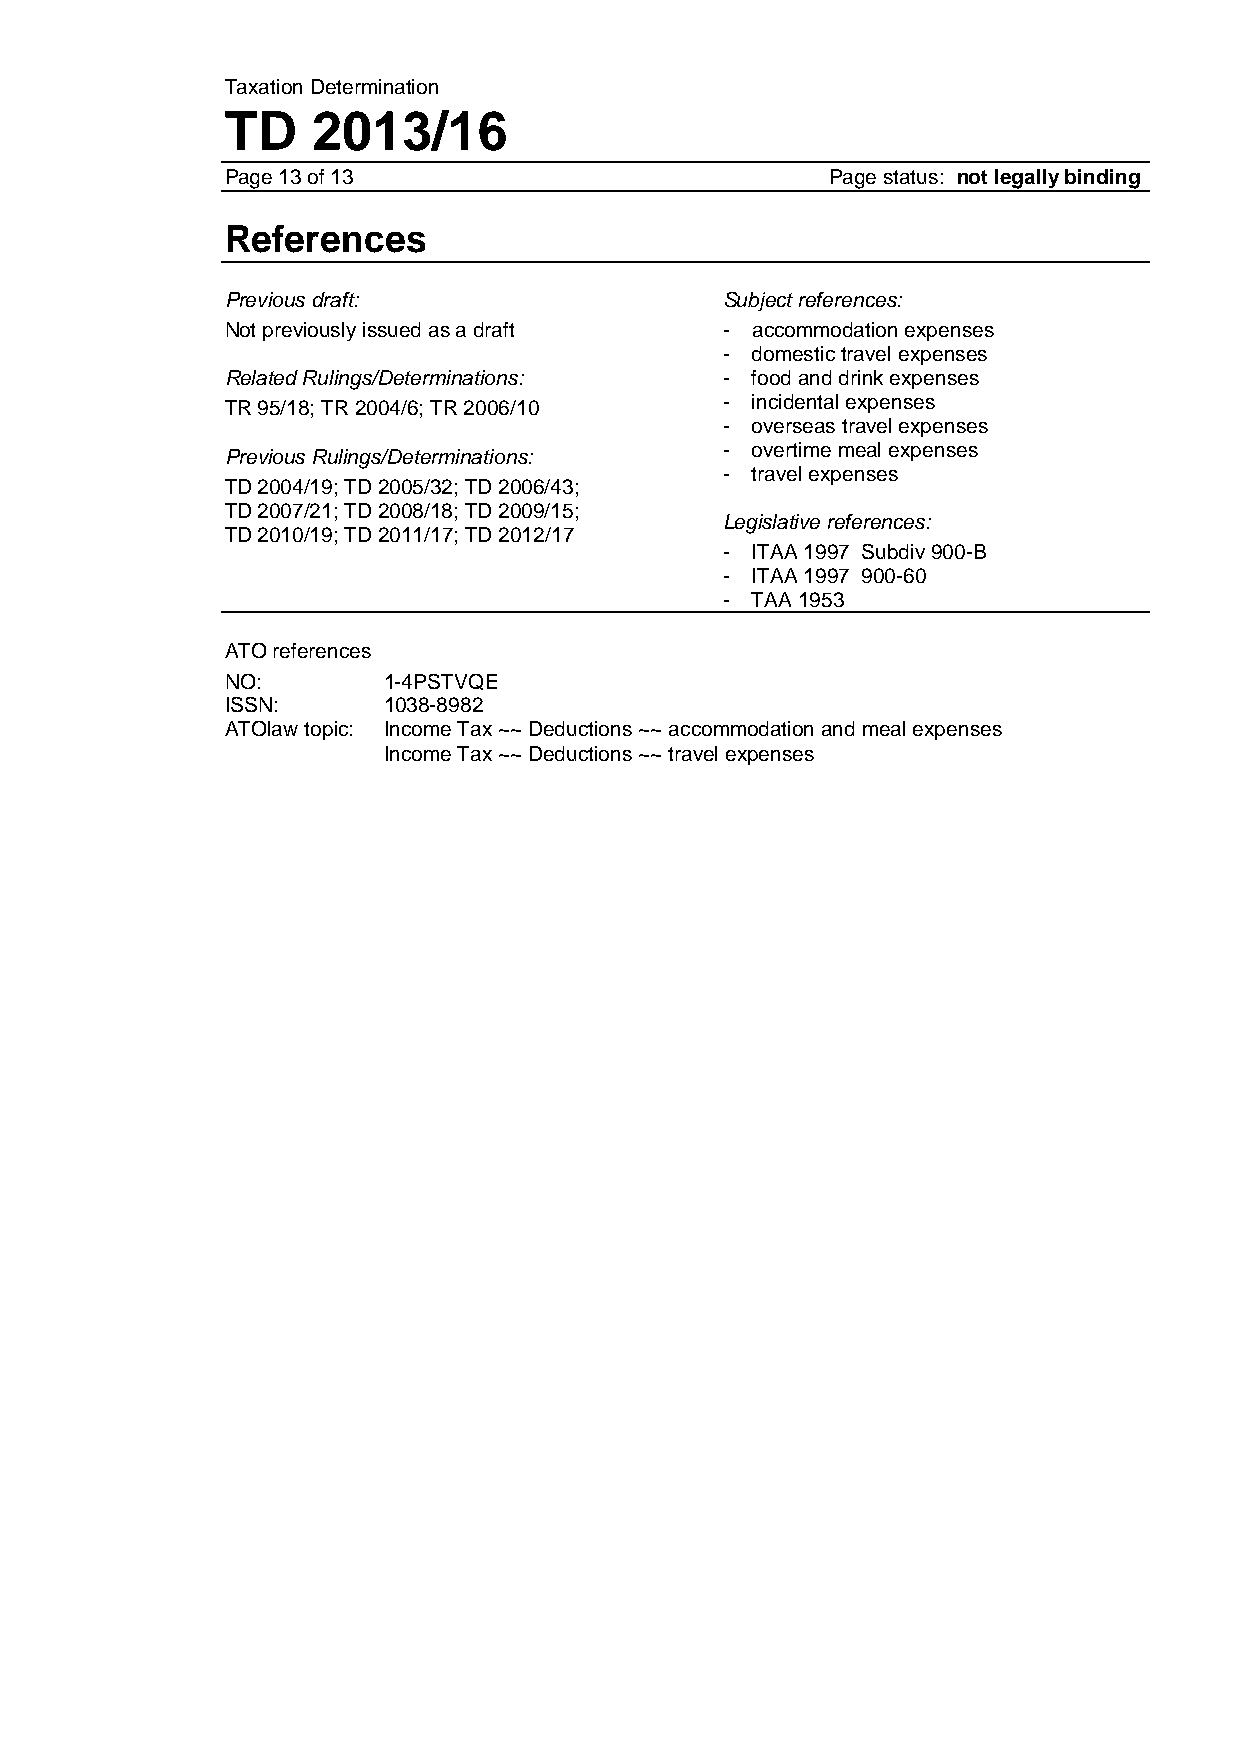
Taxation Determination
 TD    2013/16
 Page 13 of 13                           Page status: not legally binding
 References
 Previous draft:                  Subject references:
 Not previously issued as a draft - accommodation expenses
 - domestic travel expenses
 Related Rulings/Determinations:  - food and drink expenses
 TR 95/18; TR 2004/6; TR 2006/10  - incidental expenses
 - overseas travel expenses
 - overtime meal expenses
 Previous Rulings/Determinations:
 - travel expenses
 TD 2004/19; TD 2005/32; TD 2006/43;
 TD 2007/21; TD 2008/18; TD 2009/15;
 Legislative references:
 TD 2010/19; TD 2011/17; TD 2012/17
 - ITAA 1997 Subdiv 900-B
 - ITAA 1997 900-60
 - TAA 1953
 ATO references
 NO:       1-4PSTVQE
 ISSN:     1038-8982
 ATOlaw topic: Income Tax ~~ Deductions ~~ accommodation and meal expenses
 Income Tax ~~ Deductions ~~ travel expenses